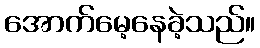
အောက်မေ့နေခဲ့သည်။